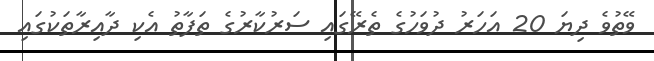
ވޭތުވެ ދިޔަ 20 އަހަރު ދުވަހުގެ ތެރޭގައި ސަރުކާރުގެ ތަފާތު އެކި ދާއިރާތަކުގައި